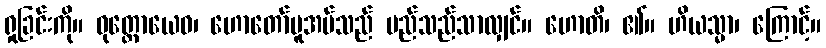
ရှုခြင်းကို။ ဝုတ္တောယေဝ၊ ဟောတော်မူအပ်သည် မည်သည်သာလျှင်။ ဟောတိ၊ ၏။ ဟိယသ္မာ၊ ကြောင့်။